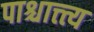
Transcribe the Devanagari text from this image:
पाश्चात्त्त्य